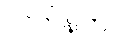
လက်နက်